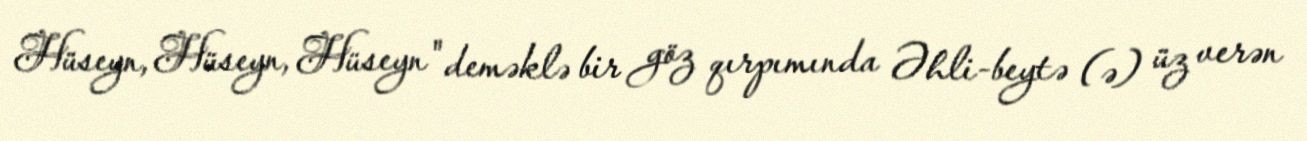
Hüseyn, Hüseyn, Hüseyn" deməklə bir göz qırpımında Əhli-beytə (ə) üz verən